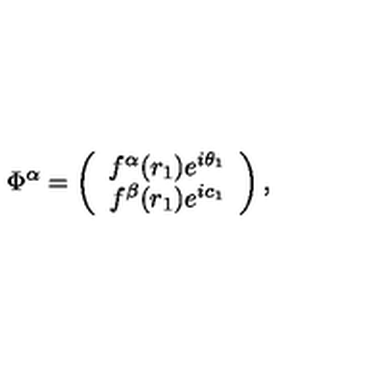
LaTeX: \Phi ^ { \alpha } = \left( \begin{array} { c } { f ^ { \alpha } ( r _ { 1 } ) e ^ { i \theta _ { 1 } } } \\ { f ^ { \beta } ( r _ { 1 } ) e ^ { i c _ { 1 } } } \\ \end{array} \right) ,